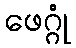
ဖေဂ္ဂုံ